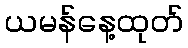
ယမန်နေ့ထုတ်